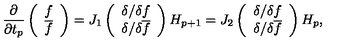
\frac { \partial } { \partial t _ { p } } \left( \begin{array} { c c } { f } \\ { { \overline { f } } } \\ \end{array} \right) = J _ { 1 } \left( \begin{array} { c c } { { \delta } / { \delta f } } \\ { { \delta } / { \delta { \overline { f } } } } \\ \end{array} \right) H _ { p + 1 } = J _ { 2 } \left( \begin{array} { c c } { { \delta } / { \delta f } } \\ { { \delta } / { \delta { \overline { f } } } } \\ \end{array} \right) H _ { p } ,